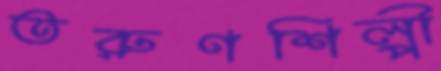
তরুণশিল্পী